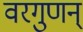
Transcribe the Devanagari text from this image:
वरगुणन्